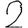
Digit: 2